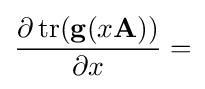
{\frac {\partial \operatorname {tr} (\mathbf {g} (x\mathbf {A} ))}{\partial x}}=